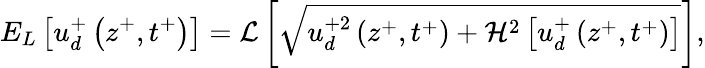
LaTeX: E_{L}\left[u_{d}^{+}\left(z^{+},t^{+}\right)\right]=\mathcal{L}\left[\sqrt{u_{d}^{+2}\left(z^{+},t^{+}\right)+\mathcal{H}^{2}\left[u_{d}^{+}\left(z^{+},t^{+}\right)\right]}\right],